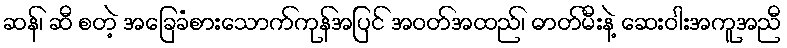
ဆန်၊ ဆီ စတဲ့ အခြေခံစားသောက်ကုန်အပြင် အဝတ်အထည်၊ ဓာတ်မီးနဲ့ ဆေးဝါးအကူအညီ